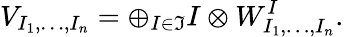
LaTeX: V_{I_{1},\dots,I_{n}}=\oplus_{I\in\Im}I\otimes W_{I_{1},\dots,I_{n}}^{I}.